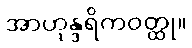
အာဟုန္ဒရိကဝတ္ထု။